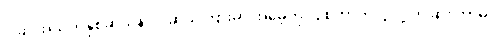
ဒါဆို အသက်နှစ်ဆယ်နဲ့ ငါးဆယ်ကြားမှာ အမေ့ကို ပြုစုတာကလွဲလို့ တခြား ဘာမှ